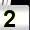
Digit: 2